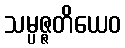
သမ္ပဇ္ဇတိယေဝ